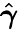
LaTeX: \hat{\boldsymbol{\gamma}}